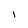
Character: l